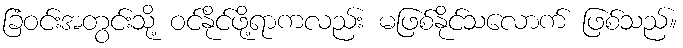
ခြံဝင်းအတွင်းသို့ ဝင်နိုင်ဖို့ရာကလည်း မဖြစ်နိုင်သလောက် ဖြစ်သည်။